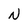
Character: N